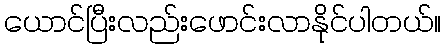
ယောင်ပြီးလည်းဖောင်းလာနိုင်ပါတယ်။